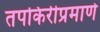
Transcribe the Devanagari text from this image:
तपकिरीप्रमाणे